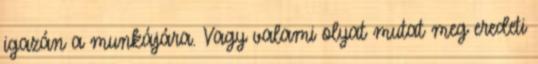
igazán a munkájára. Vagy valami olyat mutat meg eredeti